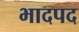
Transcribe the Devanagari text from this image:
भादपद